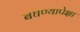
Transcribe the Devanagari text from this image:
बघण्यापेक्षा